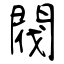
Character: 閥